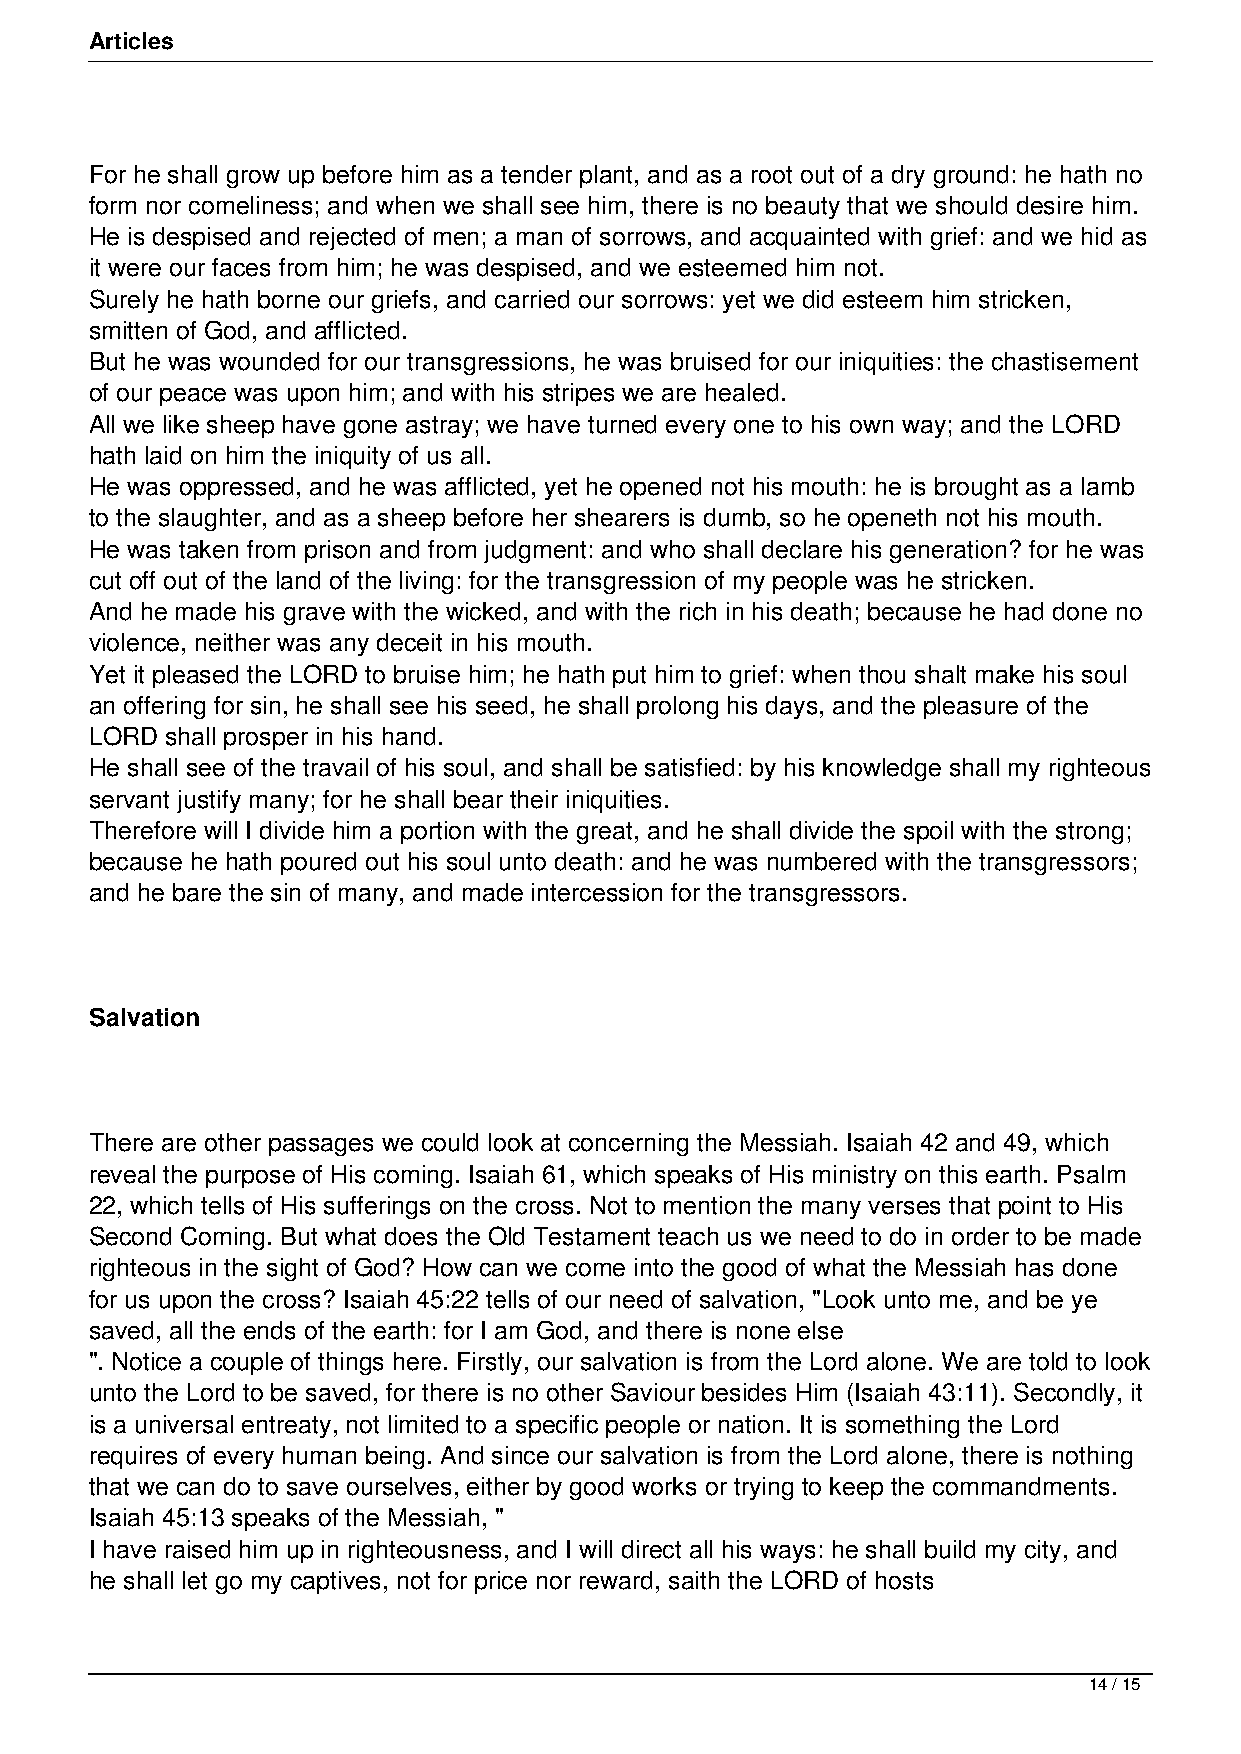
Articles
 For he shall grow up before him as a tender plant, and as a root out of a dry ground: he hath no
 form nor comeliness; and when we shall see him, there is no beauty that we should desire him.
 He is despised and rejected of men; a man of sorrows, and acquainted with grief: and we hid as
 it were our faces from him; he was despised, and we esteemed him not.
 Surely he hath borne our griefs, and carried our sorrows: yet we did esteem him stricken,
 smitten of God, and afflicted.
 But he was wounded for our transgressions, he was bruised for our iniquities: the chastisement
 of our peace was upon him; and with his stripes we are healed.
 All we like sheep have gone astray; we have turned every one to his own way; and the LORD
 hath laid on him the iniquity of us all.
 He was oppressed, and he was afflicted, yet he opened not his mouth: he is brought as a lamb
 to the slaughter, and as a sheep before her shearers is dumb, so he openeth not his mouth.
 He was taken from prison and from judgment: and who shall declare his generation? for he was
 cut off out of the land of the living: for the transgression of my people was he stricken.
 And he made his grave with the wicked, and with the rich in his death; because he had done no
 violence, neither was any deceit in his mouth.
 Yet it pleased the LORD to bruise him; he hath put him to grief: when thou shalt make his soul
 an offering for sin, he shall see his seed, he shall prolong his days, and the pleasure of the
 LORD shall prosper in his hand.
 He shall see of the travail of his soul, and shall be satisfied: by his knowledge shall my righteous
 servant justify many; for he shall bear their iniquities.
 Therefore will I divide him a portion with the great, and he shall divide the spoil with the strong;
 because he hath poured out his soul unto death: and he was numbered with the transgressors;
 and he bare the sin of many, and made intercession for the transgressors.
 Salvation
 There are other passages we could look at concerning the Messiah. Isaiah 42 and 49, which
 reveal the purpose of His coming. Isaiah 61, which speaks of His ministry on this earth. Psalm
 22, which tells of His sufferings on the cross. Not to mention the many verses that point to His
 Second Coming. But what does the Old Testament teach us we need to do in order to be made
 righteous in the sight of God? How can we come into the good of what the Messiah has done
 for us upon the cross? Isaiah 45:22 tells of our need of salvation, "Look unto me, and be ye
 saved, all the ends of the earth: for I am God, and there is none else
 ". Notice a couple of things here. Firstly, our salvation is from the Lord alone. We are told to look
 unto the Lord to be saved, for there is no other Saviour besides Him (Isaiah 43:11). Secondly, it
 is a universal entreaty, not limited to a specific people or nation. It is something the Lord
 requires of every human being. And since our salvation is from the Lord alone, there is nothing
 that we can do to save ourselves, either by good works or trying to keep the commandments.
 Isaiah 45:13 speaks of the Messiah, "
 I have raised him up in righteousness, and I will direct all his ways: he shall build my city, and
 he shall let go my captives, not for price nor reward, saith the LORD of hosts
 14 / 15